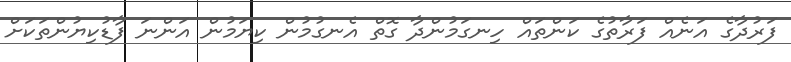
ފަރުދާގެ އަނެއް ފަރާތުގެ ކަންތައް ހިނގަމުންދާ ގޮތް އެނގުމުން ކިޔަމުން އަންނަ ފާޑުކިޔުންތަކަށް